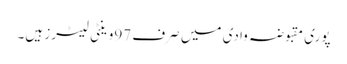
پوری مقبوضہ وادی میں صرف 97وینٹی لیٹرز ہیں۔